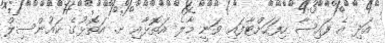
އަދި އެ ފައިސާ ހިފަހަށްޓާފައި ވަނީ މާލެ އަތޮޅާއި ށ. އަތޮޅުގެ ކައުންސިލް